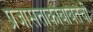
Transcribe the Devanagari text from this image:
प्रजासत्ताकाबाबतची